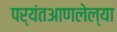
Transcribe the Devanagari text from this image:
पर्यंतआणलेल्या